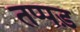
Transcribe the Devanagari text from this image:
तप्पड़